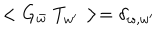
< G _ { \bar { w } } \; T _ { w ^ { \prime } } > = \delta _ { w , w ^ { \prime } }